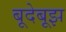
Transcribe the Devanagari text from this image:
बूदेबूझ